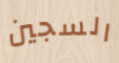
السجين